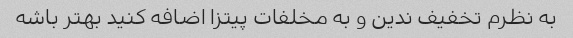
به نظرم تخفیف ندین و به مخلفات پیتزا اضافه کنید بهتر باشه